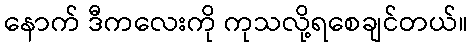
နောက် ဒီကလေးကို ကုသလို့ရစေချင်တယ်။